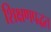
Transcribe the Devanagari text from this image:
शिक्षणपद्धत